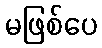
မဖြစ်ပေ